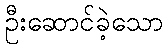
ဦးဆောင်ခဲ့သော